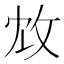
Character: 𢼈